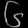
Digit: ၆